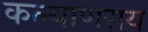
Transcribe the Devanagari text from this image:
कल्याणराय